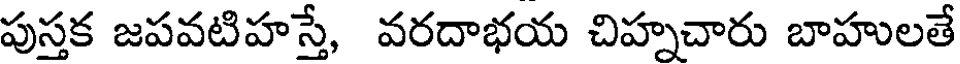
పుస్తక జపవటిహస్తే, వరదాభయ చిహ్నచారు బాహులతే